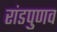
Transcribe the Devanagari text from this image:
रांडपुणव